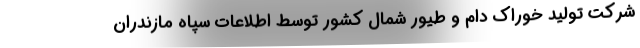
شرکت تولید خوراک دام و طیور شمال کشور توسط اطلاعات سپاه مازندران